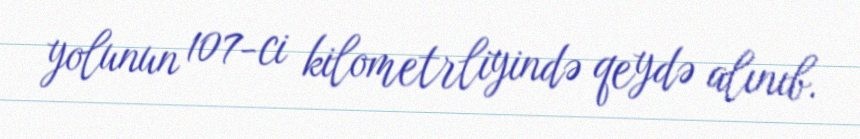
yolunun 107-ci kilometrliyində qeydə alınıb.